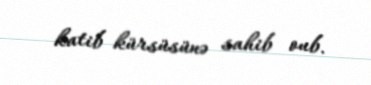
katib kürsüsünə sahib oub.